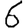
Digit: 6